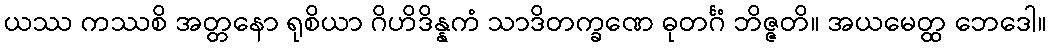
ယဿ ကဿစိ အတ္တနော ရုစိယာ ဂိဟိဒိန္နကံ သာဒိတက္ခဏေ ဓုတင်္ဂံ ဘိဇ္ဇတိ။ အယမေတ္ထ ဘေဒေါ။